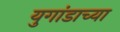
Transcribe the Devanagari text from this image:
युगांडाच्या